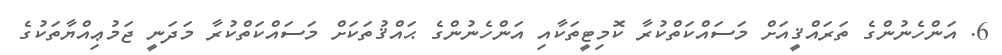
6. އަންހެނުންގެ ތަރައްޤީއަށް މަސައްކަތްކުރާ ކޮމިޓީތަކާއި އަންހެނުންގެ ޙައްޤުތަކަށް މަސައްކަތްކުރާ މަދަނީ ޖަމުޢިއްޔާތަކުގެ